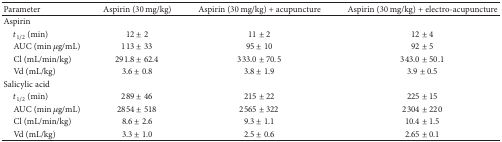
<table><thead><tr><td><b>Parameter</b></td><td><b>Aspirin (30 mg/kg) </b></td><td><b>Aspirin (30 mg/kg) + acupuncture</b></td><td><b>Aspirin (30 mg/kg) + electro-acupuncture</b></td></tr></thead><tbody><tr><td>Aspirin</td><td> </td><td> </td><td> </td></tr><tr><td> <i>t</i><sub>1/2</sub> (min) </td><td>12 ± 2</td><td>11 ± 2</td><td>12 ± 4</td></tr><tr><td> AUC (min <i>μ</i>g/mL) </td><td>113 ± 33</td><td>95 ± 10</td><td>92 ± 5</td></tr><tr><td> Cl (mL/min/kg) </td><td>291.8 ± 62.4</td><td>333.0 ± 70.5</td><td>343.0 ± 50.1</td></tr><tr><td> Vd (mL/kg) </td><td>3.6 ± 0.8</td><td>3.8 ± 1.9</td><td>3.9 ± 0.5</td></tr><tr><td>Salicylic acid</td><td> </td><td> </td><td> </td></tr><tr><td> <i>t</i><sub>1/2</sub> (min) </td><td>289 ± 46</td><td>215 ± 22</td><td>225 ± 15</td></tr><tr><td> AUC (min <i>μ</i>g/mL) </td><td>2854 ± 518</td><td>2565 ± 322</td><td>2304 ± 220</td></tr><tr><td> Cl (mL/min/kg) </td><td>8.6 ± 2.6</td><td>9.3 ± 1.1</td><td>10.4 ± 1.5</td></tr><tr><td> Vd (mL/kg) </td><td>3.3 ± 1.0</td><td>2.5 ± 0.6</td><td>2.65 ± 0.1</td></tr></tbody></table>